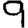
Digit: 9